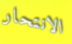
الانتحار